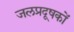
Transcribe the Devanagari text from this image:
जलप्रदूषकों